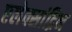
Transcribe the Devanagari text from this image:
एलेक्सांद्रिन